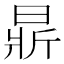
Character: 𣈈